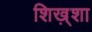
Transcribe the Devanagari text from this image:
शिख़्शा